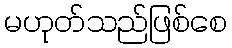
မဟုတ်သည်ဖြစ်စေ